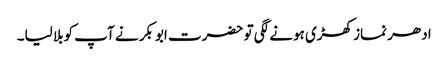
ادھر نماز کھڑی ہونے لگی تو حضرت ابوبکر نے آپ کوبلا لیا۔